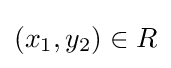
(x_{1},y_{2})\in R